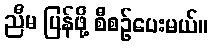
ညီမ ပြန်ဖို့ စီစဉ်ပေးမယ်။